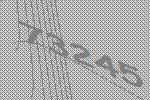
73245